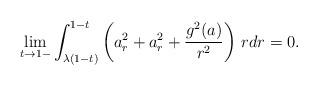
LaTeX: \begin{align*}\lim_{t\to 1-}\int_{\lambda (1-t)}^{1-t}\left(a_r^2+a_r^2+\frac{g^2(a)}{r^2}\right)\,rdr=0.\end{align*}